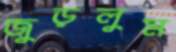
জুড়লুম